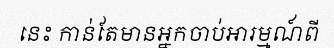
នេះ កាន់តែមានអ្នកចាប់អារម្មណ៍ពី